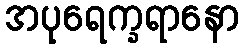
အပုရေက္ခရာနော